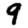
Digit: 9